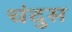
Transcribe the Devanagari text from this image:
चंदुस